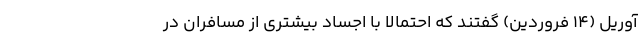
آوریل (۱۴ فروردین) گفتند که احتمالا با اجساد بیشتری از مسافران در